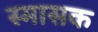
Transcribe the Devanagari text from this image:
स्मासक